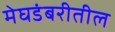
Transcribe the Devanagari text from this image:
मेघडंबरीतील